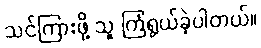
သင်ကြားဖို့ သူ ကြံရွယ်ခဲ့ပါတယ်။